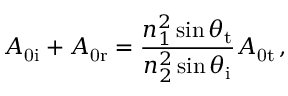
A _ { \mathrm { 0 i } } + A _ { \mathrm { 0 r } } = \frac { n _ { 1 } ^ { 2 } \sin \theta _ { \mathrm { t } } } { n _ { 2 } ^ { 2 } \sin \theta _ { \mathrm { i } } } A _ { \mathrm { 0 t } } \, ,